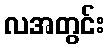
လအတွင်း